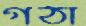
গঠা